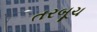
તરબૂચ